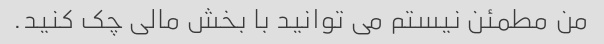
من مطمئن نیستم می توانید با بخش مالی چک کنید.